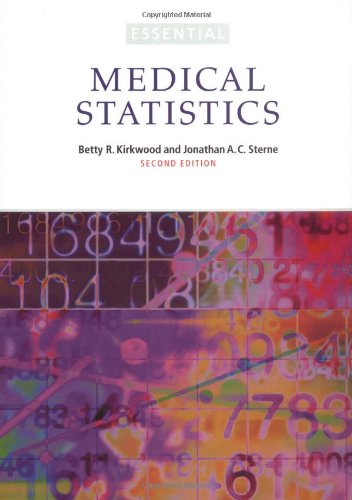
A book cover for Essentials of Medical Statistics; Betty Kirkwood; Medical Books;